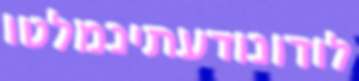
לודונודעתינמלטו